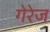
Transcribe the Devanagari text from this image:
गेरेज